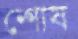
শোষ